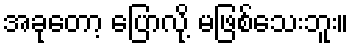
အခုတော့ ပြောလို့ မဖြစ်သေးဘူး။